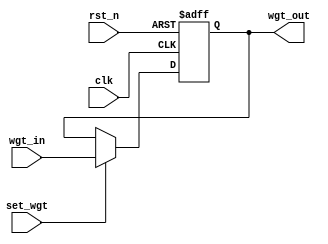
module WEIGHT_BUFF #(parameter DATA_WIDTH = 8) (
		input clk
	 ,input rst_n
	 ,input set_wgt
	 ,input  [DATA_WIDTH-1:0] wgt_in
	 ,output [DATA_WIDTH-1:0] wgt_out
	 );

	reg [DATA_WIDTH-1:0] weight;
	
	always @(posedge clk or negedge rst_n) begin
		if(!rst_n) begin
			weight <= 0;
		end
		else if(set_wgt) begin
			weight <= wgt_in;
		end
		else begin
			weight <= weight;
		end
  end

	assign wgt_out = weight;
endmodule